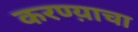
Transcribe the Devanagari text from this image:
करण्य़ाचा